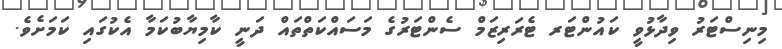
މިނިސްޓަރު ވިދާޅުވީ ކައުންޓަރ ޓެރަރިޒަމް ސެންޓަރުގެ މަސައްކަތްތައް ދަނީ ކާމިޔާބުކަމާ އެކުގައި ކަމަށެވެ.